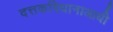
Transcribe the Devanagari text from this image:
दत्तकविधानाआधी